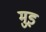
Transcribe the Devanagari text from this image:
मुड़़